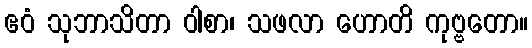
ဧဝံ သုဘာသိတာ ဝါစာ၊ သဖလာ ဟောတိ ကုဗ္ဗတော။